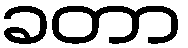
ခတာ